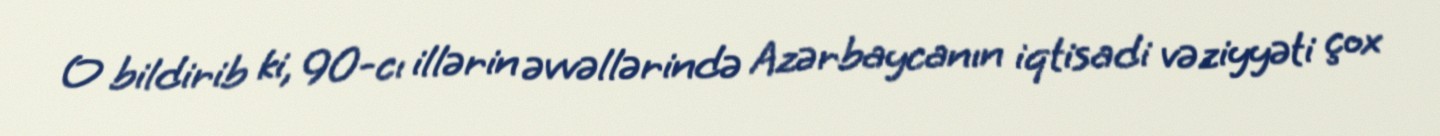
O bildirib ki, 90-cı illərin əvvəllərində Azərbaycanın iqtisadi vəziyyəti çox